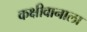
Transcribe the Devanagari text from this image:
कक्षीवानाला